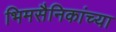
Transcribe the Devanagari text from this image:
भिमसैनिकांच्या